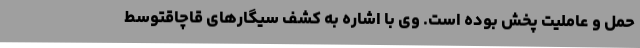
حمل و عاملیت پخش‌ بوده است. وی با اشاره به کشف سیگارهای قاچاقتوسط